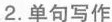
2.单句写作